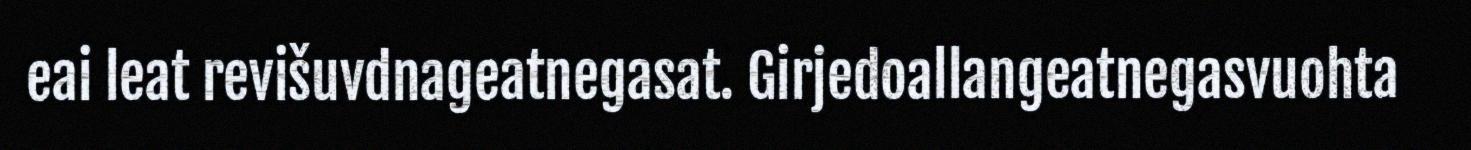
eai leat revišuvdnageatnegasat. Girjedoallangeatnegasvuohta